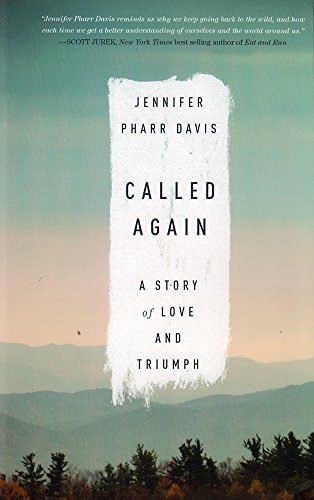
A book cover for Called Again: A Story of Love and Triumph; Jennifer Pharr Davis; Sports & Outdoors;